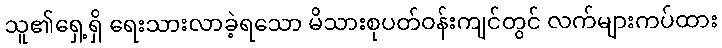
သူ၏ရှေ့ရှိ ရေးသားလာခဲ့ရသော မိသားစုပတ်ဝန်းကျင်တွင် လက်များကပ်ထား